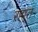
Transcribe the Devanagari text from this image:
रहा्त